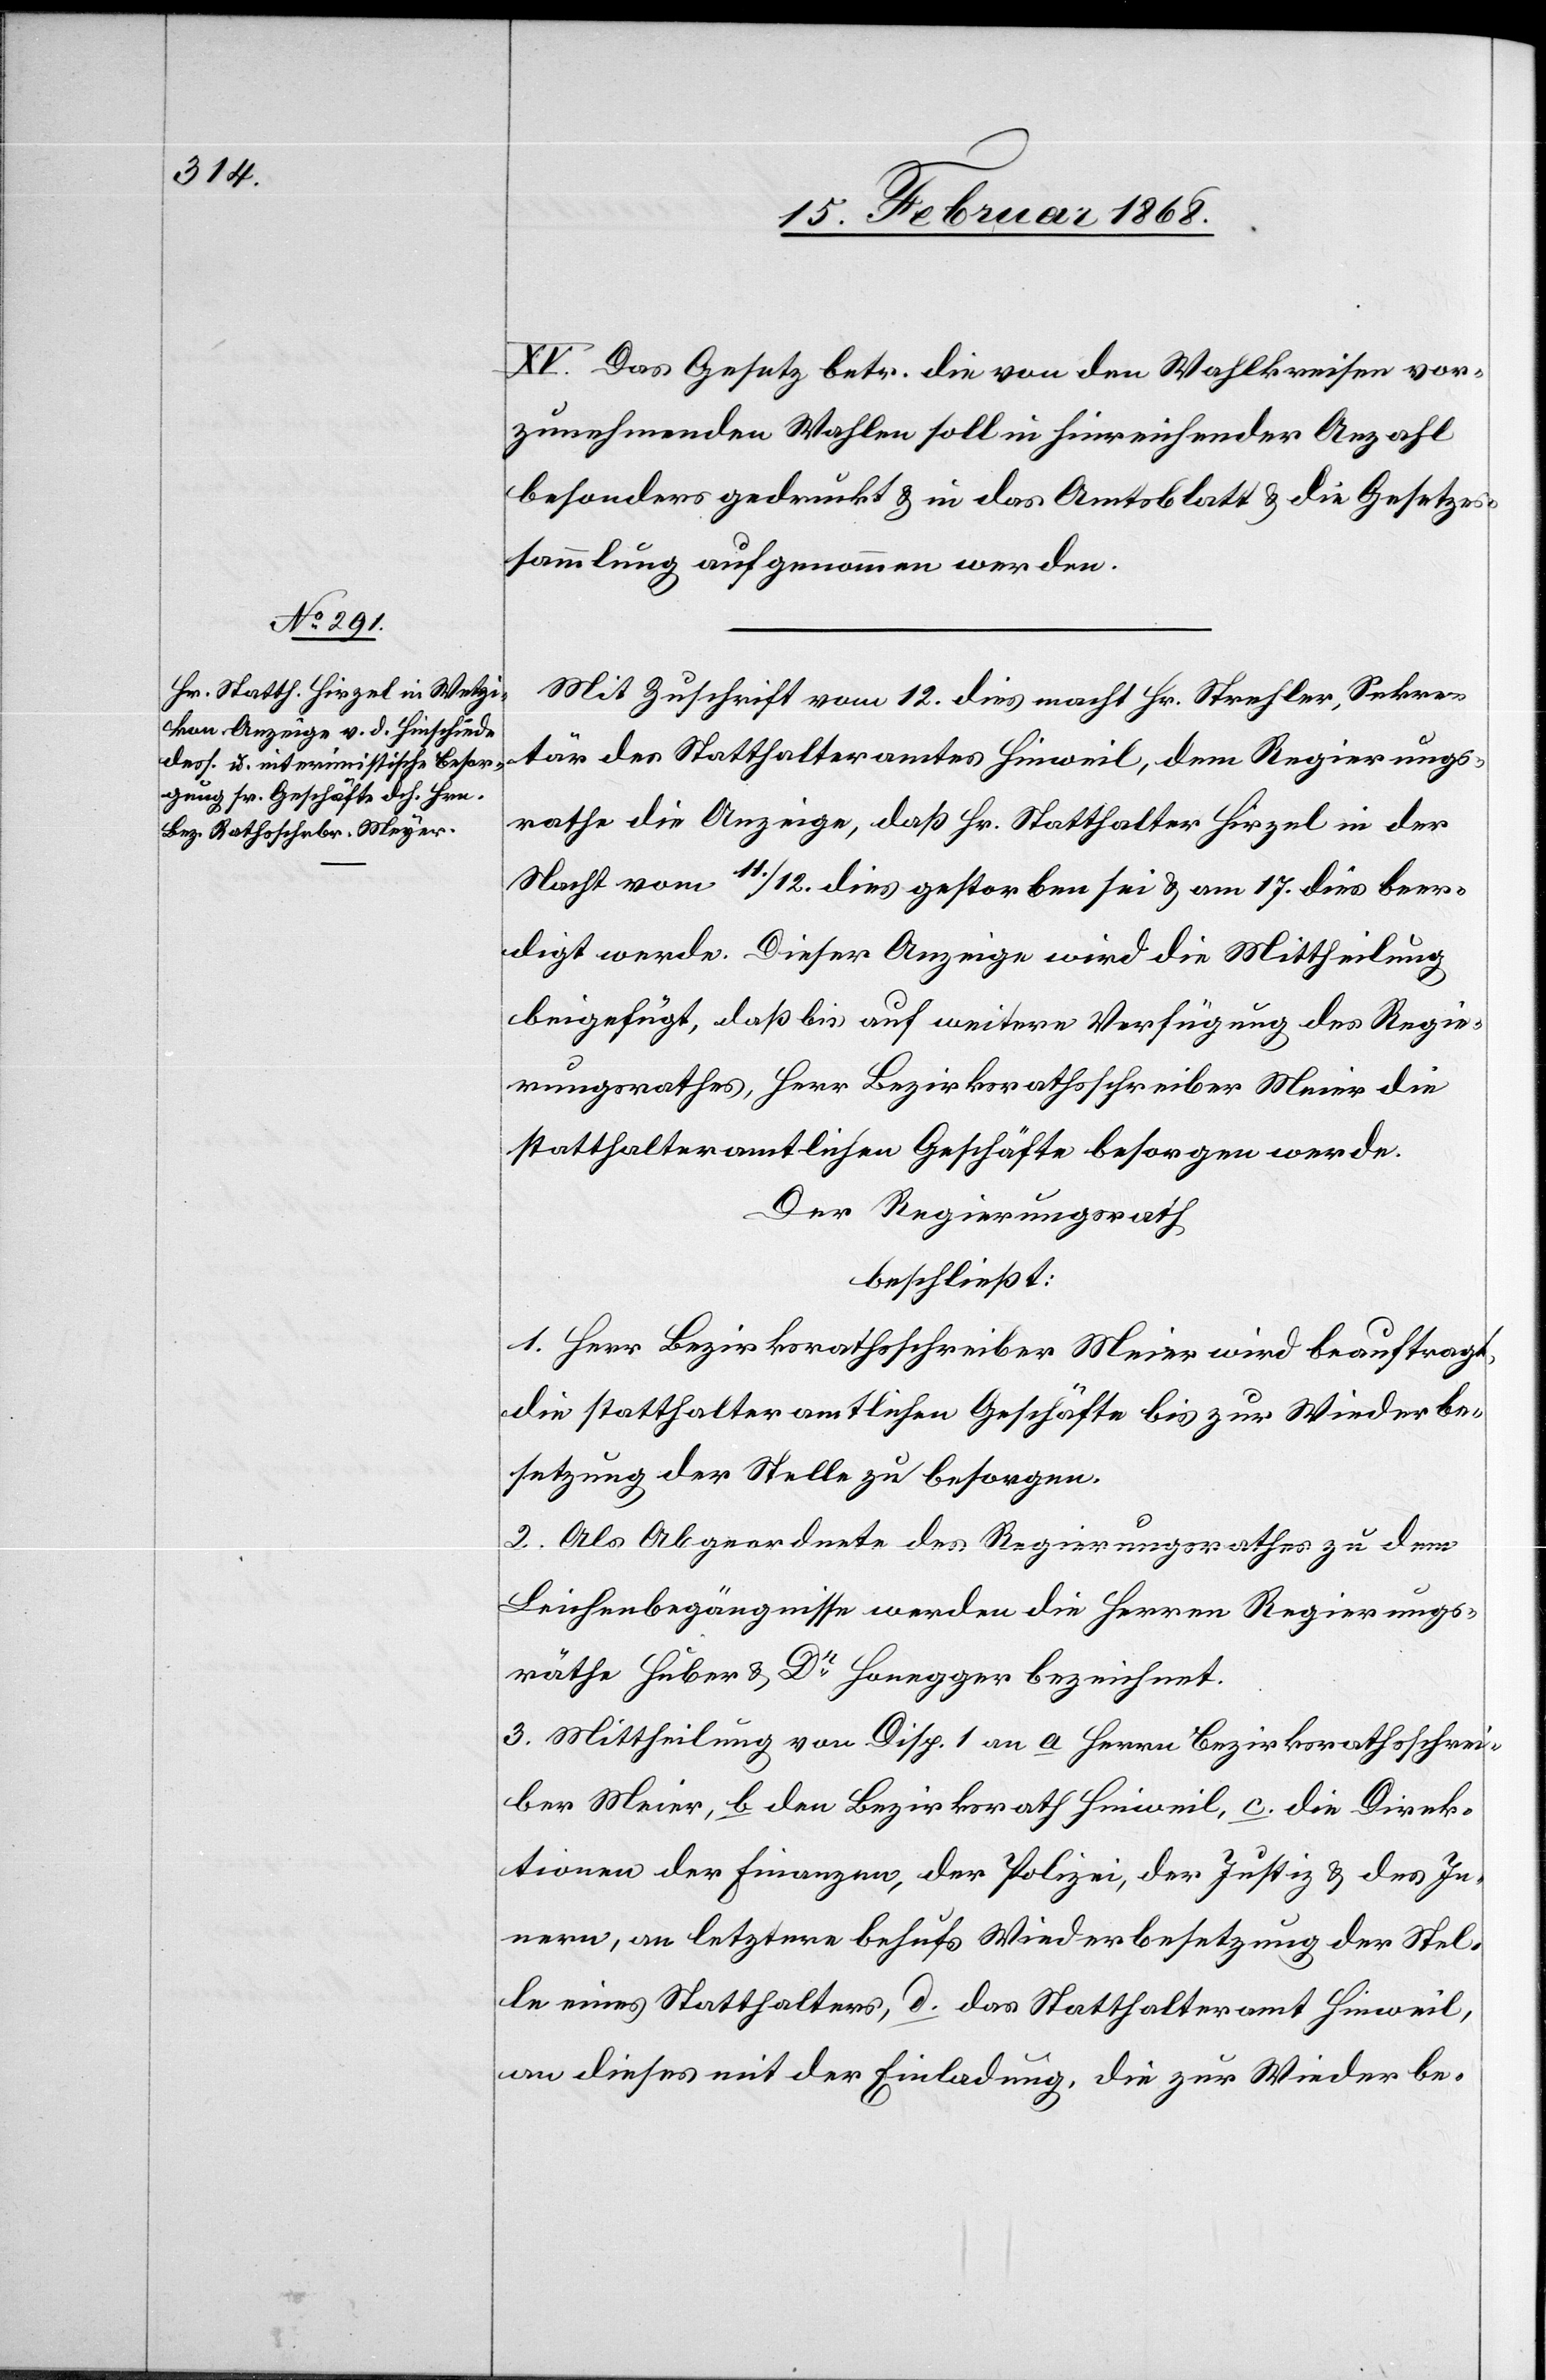
XV. Das Gesetz betr. die von den Wahlkreisen vor¬
zunehmenden Wahlen soll in hinreichender Anzahl
besonders gedruckt & in das Amtsblatt & die Gesetzes¬
sammlung aufgenommen werden.
Mit Zuschrift vom 12. dies macht Hr. Strehler, Sekre¬
tär des Statthalteramtes Hinweil, dem Regierungs¬
rathe die Anzeige, daß Hr. Statthalter Hirzel in der
Nacht vom 11. / 12. dies gestorben sei & am 17. dies beer¬
digt werde. Dieser Anzeige wird die Mittheilung
beigefügt, daß bis auf weitere Verfügung des Regie¬
rungsrathes, Herr Bezirksrathsschreiber Meier [sic!]
statthalteramtlichen Geschäfte besorgen werde.
Der Regierungsrath
beschließt:
1. Herr Bezirksrathsschreiber Meier wird beauftragt,
die statthalteramtlichen Geschäfte bis zur Wiederbe¬
setzung der Stelle zu besorgen.
2. Als Abgeordnete des Regierungsrathes zu dem
Leichenbegängnisse werden die Herren Regierungs¬
räthe Huber & Dr. Honegger bezeichnet.
3. Mittheilung von Disp. 1 an a Herrn Bezirksrathsschrei¬
ber Meier, b den Bezirksrath Hinweil, c. die Direk¬
tionen der Finanzen, der Polizei, der Justiz & des In¬
nern, an letztere behufs Wiederbesetzung der Stel¬
le eines Statthalters, d. das Statthalteramt Hinweil,
an dieses mit der Einladung, die zur Wiederbe-